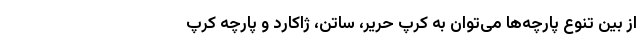
از بین تنوع پارچه‌ها می‌توان به کرپ حریر، ساتن، ژاکارد و پارچه کرپ